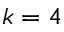
k = 4